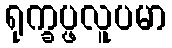
ရုက္ခပ္ဖလူပမာ